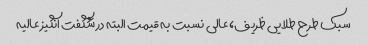
سبک طرح طلایی ظریف، عالی نسبت به قیمت البته در شگفت انگیز عالیه